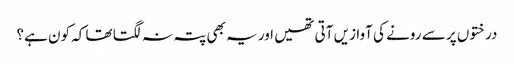
درختوں پر سے رونے کی آوازیں آتی تھیں اور یہ بھی پتہ نہ لگتا تھا کہ کون ہے؟